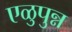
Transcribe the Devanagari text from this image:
एळुपुन्न